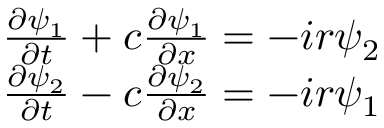
\begin{array} { r } { \frac { \partial \psi _ { 1 } } { \partial t } + c \frac { \partial \psi _ { 1 } } { \partial x } = - i r \psi _ { 2 } } \\ { \frac { \partial \psi _ { 2 } } { \partial t } - c \frac { \partial \psi _ { 2 } } { \partial x } = - i r \psi _ { 1 } } \end{array}